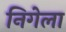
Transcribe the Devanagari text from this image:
निगेला